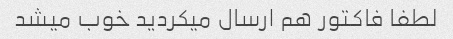
لطفا فاکتور هم ارسال میکردید خوب میشد